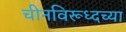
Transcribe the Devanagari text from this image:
चीनविरूध्दच्या